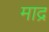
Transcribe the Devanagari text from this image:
माद्र